Report on sanitation, dispensaries, and jails in Rajputana for 1913, and on vaccination for the year 1913-1914 - 1913-1914
Year: 1913
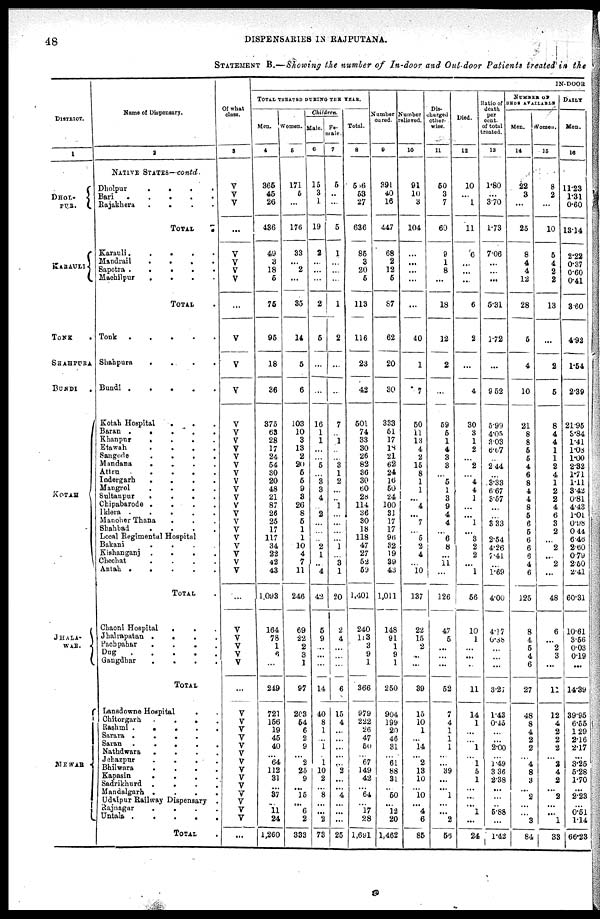
48
DISPENSARIES IN RAJPUTANA.
STATEMENT B.—Showing the number of In-door and Out-door Patients treated in the
DISTRICT.
1
DHOL¬
PUR.
KARAULI
TONK
SHAHPURA
BUNDI
.
KOTAH
JHALA¬
WAR.
MEWAR
Name of Dispensary.
2
NATIVE STATES—contd.
Dholpur
.
.
.
.
Bari . . . . .
Rajakhera
. . . .
TOTAL
.
Karauli
.
. . .
Mandrail
.
.
.
.
Sapotra
.
.
.
.
Machilpur
.
.
.
.
TOTAL .
Tonk
.
.
.
.
.
Shahpura
.
.
.
.
Bundi .
.
.
.
.
Kotah Hospital
.
. .
Baran
.
. . . .
Khanpur
.
.
.
.
Etawah
.
.
.
.
Sangode
.
.
.
.
Mandana
.
.
.
.
Attru .
.
.
.
.
Indergarh
.
.
.
.
Mangrol
.
.
.
.
Sultanpur
.
.
.
.
Chipabarode .
.
.
.
Iklera .
.
.
.
.
Manoher Thana . . .
Shahbad
.
.
.
.
Local Regimental Hospital
Bakani
.
.
.
.
Kishanganj .
.
.
.
Chechat
.
.
.
.
Antah .
.
.
.
.
TOTAL .
Chaoni Hospital
.
. .
Jhalrapatan .
.
.
.
Pachpahar
.
.
.
.
Dug
.
.
.
.
.
Gangdhar
.
.
.
.
TOTAL
Lansdowne Hospital
. .
Chitorgarh
. . . .
Rashmi .
.
.
.
.
Sarara .
.
.
. .
Saran .
.
.
.
.
Nathdwara
.
.
.
.
Jehazpur
.
.
.
.
Bhilwara
.
.
.
.
Kapasin
.
.
.
.
Sadrikhurd .
.
.
.
Mandalgarh .
.
.
.
Udaipur Railway Dispensary .
Rajnagar
.
.
.
.
Untala .
.
.
.
.
TOTAL .
Of what
class.
3
V
V
V
...
V
V
V
V
...
V
V
V
V
V
V
V
V
V
V
V
V
V
V
V
V
V
V
V
V
V
V
...
V
V
V
V
V
...
V
V
V
V
V
V
V
V
V
V
V
V
V
V
...
IN-DOOR
TOTAL TREATED DURING THE YEAR.
Men.
4
365
45
26
436
49
3
18
5
75
95
18
36
375
63
28
17
24
54
30
20
48
21
87
26
25
17
117
34
22
42
43
1,093
164
78
1
6
...
249
721
156
19
45
40
...
64
112
31
...
37
...
11
24
1,260
Women.
5
171
6
...
176
33
...
2
...
35
14
5
6
103
10
3
13
2
20
5
5
9
3
26
8
5
1
1
10
4
7
11
246
69
22
2
3
1
97
203
54
6
2
9
...
2
25
9
...
15
...
6
2
333
Children.
Male.
6
15
3
1
19
2
...
...
...
2
5
...
...
16
1
1
...
...
5
...
3
3
4
...
2
...
...
...
2
1
...
4
42
5
9
...
...
...
14
40
8
1
...
1
...
1
10
2
...
8
...
...
2
73
Fe-
-ale.
7
5
..
...
5
1
...
...
...
1
2
...
...
7
...
1
...
...
3
1
2
...
...
1
...
...
...
...
1
...
3
1
20
2
4
...
...
...
6
15
4
...
...
...
...
...
2
...
...
4
...
...
...
25
Total.
8
566
53
27
636
85
3
20
5
113
116
23
42
501
74
33
30
26
82
36
30
60
28
114
36
30
18
118
47
27
52
59
1,401
240
113
3
9
1
366
979
222
26
47
50
...
67
149
42
...
64
...
17
28
1,691
Number
cured.
9
391
40
16
447
68
2
12
5
87
62
20
30
333
51
17
18
21
62
24
16
50
24
100
31
17
17
96
32
19
39
43
1,011
148
91
1
9
1
250
904
199
20
46
31
...
61
88
31
...
50
...
12
20
1,462
Number
relieved.
10
91
10
3
104
...
...
. ..
...
...
40
1
7
50
11
13
4
2
15
8
1
1
...
4
...
7
...
5
2
4
...
10
137
22
15
2
...
...
39
15
10
1
...
14
...
2
13
10
...
10
...
4
6
85
Dis-
---rged
other-
wise.
11
50
3
7
60
9
1
8
...
18
12
2
...
59
5
1
4
3
3
...
5
1
3
9
4
4
...
6
8
...
11
...
126
47
5
...
...
...
52
7
4
1
1
1
...
...
39
...
...
1
...
...
2
56
Died.
12
10
... 1
11
6
...
...
...
6
2
...
4
30
3
1
2
...
2
...
4
4
1
...
1
...
3
2
2
...
1
56
10
1
...
...
...
11
14
1
...
...
1
...
1
5
1
...
...
...
1
...
24
Riatio of
death
per
cent.
of total
treated.
13
1.80
...
3.70
1.73
7.06
...
...
...
5.31
1.72
...
9.52
5.99
4.05
3.03
6.67
...
2.44
...
3.33
6.67
3.57
...
3.33
...
2.54
4.26
7.41
...
1.69
4.00
4.17
0.88
...
...
...
3.27
1.43
0.45
...
...
2.00
...
1.49
3.36
2.38
...
...
...
5.88
...
1.42
NUMBER OF
BEDS AVAILABLE
Men.
14
22
3
...
25
8
4
4
12
28
5
4
10
21
8
8
5
5
4
6
8
4
4
8
5
6
5
6
6
6
4
6
125
8
4
5
4
6
27
48
8
4
2
2
...
4
8
3
...
2
...
...
3
84
Women.
15
8
2
...
10
5
4
2
2
13
...
2
5
8
4
4
1
11
2
4
1
2
2
4
6
3
2
...
2
...
2
...
48
6
...
2
3
...
11
12
4
2
2
2
...
2
4
2
...
2
...
...
1
33
DAILY
Men.
16
11.23
1.31
0.60
13.14
2.22
0.37
0.60
0.41
3.60
4.92
1.54
2.39
21.95
3.84
1.41
1.08
1.00
2.32
1.71
1.11
3.42
0.81
4.43
1.01
0.98
0.44
6.46
2.60
0.79
2.50
2.41
60.31
10.61
3.56
0.03
0.19
...
14.39
39.95
6.55
1.29
2.16
2.17
...
3.25
5.28
1.70
...
2.23
...
0.51
1.14
66.23